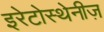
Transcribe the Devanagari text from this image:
इरेटोस्थेनीज़